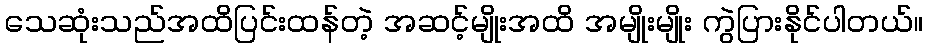
သေဆုံးသည်အထိပြင်းထန်တဲ့ အဆင့်မျိုးအထိ အမျိုးမျိုး ကွဲပြားနိုင်ပါတယ်။